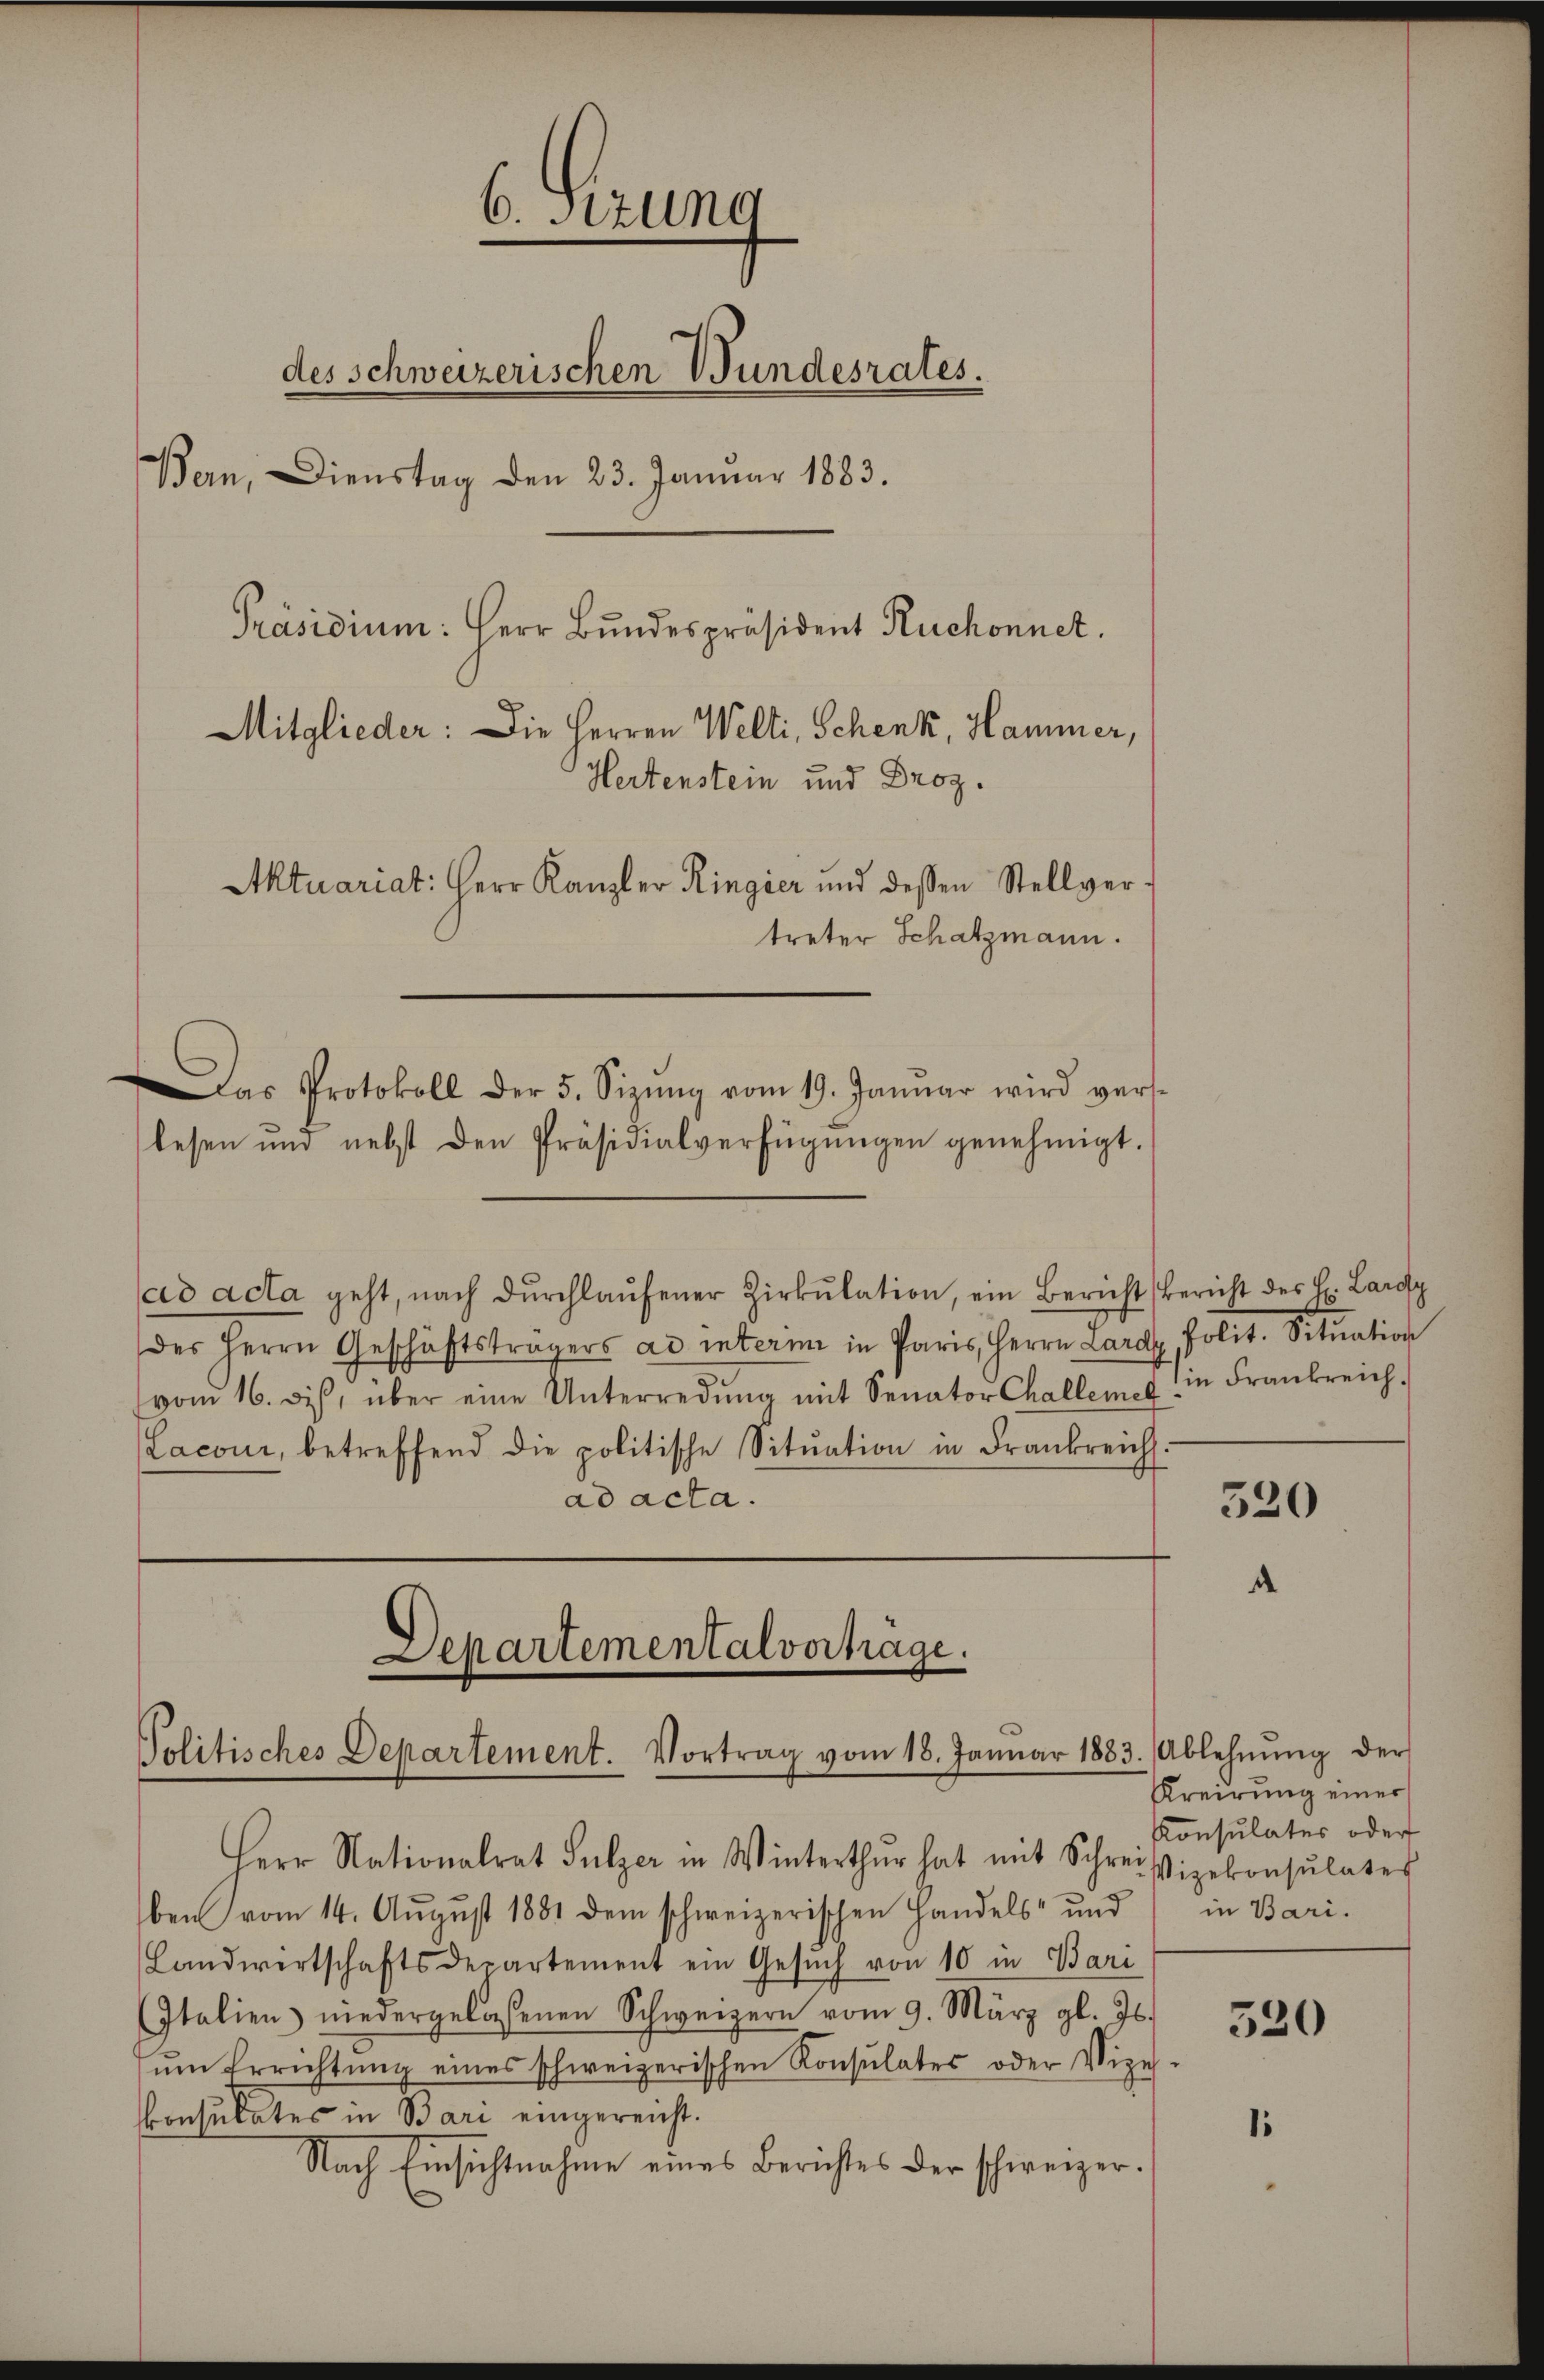
6. Sizung
des schweizerischen Bundesrates.
Bern, Dienstag den 23. Januar 1883.
Präsidium: Herr Bundespräsident Ruchonnet.
Mitglieder: Die Herren Welti, Schenk, Hammer,
Hertenstein und Droz.
Aktuariat: Herr Kanzler Ringier und dessen Stellvertreter Schatzmann.
Das Protokoll der 5. Sizŭng vom 19. Januar wird verslesen und nebst den Präsidialverfügŭngen genehmigt.

ad acta geht, nach dŭrchlaŭfener Zirkŭlation, ein Bericht bericht des H. Lardy
des Herrn Geschäftsträgers ad interim in Paris, Herrn Lardy, Polit. Situation
vom 16. dies, über eine Unterredung mit Senator Challem in Frankreich.
Laconi, betreffend die politische Sitŭation in Frankreich
ad acta.

Herr Nationalrat Sulzer in Winterthur hat mit Schreivizekonsulates
ben vom 14. August 1881 dem schweizerischen Handels- und
Landwertschaftsdepartement ein Gesŭch von 10 in Bari
Italien niedergelassenen Schweizern vom 9. März gl. Js.
ŭm Errichtŭng eines schweizerischen Konsulates oder Vize-
Consulates in Bari eingereicht.
Nach Einsichtnahme eines Berichtes der schweizer-

Departementalvertrage.
Politisches Departement. Vortrag vom 18. Janŭar 1883. Ablehnŭng der

d

320

Kreirung einer
Konsulaters oder
in Bari.

520

1